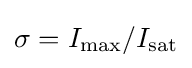
{\textstyle \sigma =I_{\text{max}}/I_{\text{sat}}}